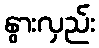
နွားလှည်း